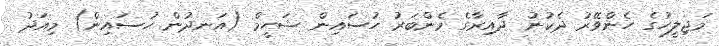
މަޖިލީހުގެ ހެންވޭރު ދެކުނު ދާއިރާގެ މެންބަރު ހުސައިން ޝަހީމް (އަނދުން ހުސައިން) މިއަދު